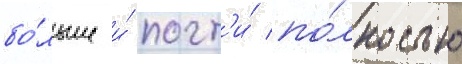
бо́льше и́ почт'и́ по́лностью